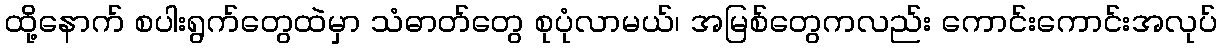
ထို့နောက် စပါးရွက်တွေထဲမှာ သံဓာတ်တွေ စုပုံလာမယ်၊ အမြစ်တွေကလည်း ကောင်းကောင်းအလုပ်